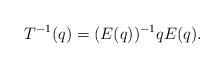
LaTeX: \begin{align*}T^{-1}(q)=(E(q))^{-1}q E(q).\end{align*}